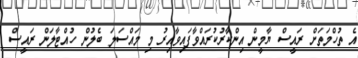
އެ ތުހްމަތަަށް ރައީސް ޔާމީން އިންކާރުކުރައްވާފައިވާއިރު މި މައްސަލަ ބެލުން ހުއްޓާލަން ރައީސް